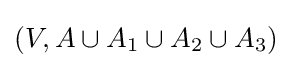
(V,A\cup A_{1}\cup A_{2}\cup A_{3})